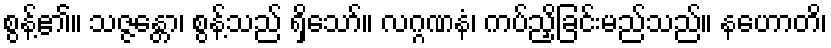
စွန့်၏။ သဇ္ဇန္တော၊ စွန့်သည် ရှိသော်။ လဂ္ဂဏနံ၊ ကပ်ညှိခြင်းမည်သည်။ နဟောတိ၊